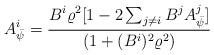
LaTeX: \begin{align*}A^{i}_{\bar\psi} = \frac{B^i \varrho^2 [1 - 2 \sum_{j \neq i}B^{j}A^{j}_{\bar\psi}]} {(1 + (B^i)^2 \varrho^2)}\end{align*}